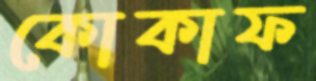
কোকাফ